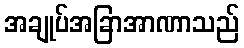
အချုပ်အခြာအာဏာသည်